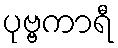
ပုဗ္ဗကာရီ